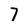
Character: 7